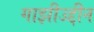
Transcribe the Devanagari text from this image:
गाझीउद्दीन